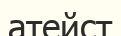
атейст